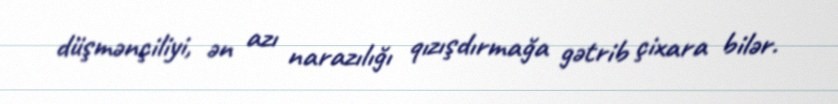
düşmənçiliyi, ən azı narazılığı qızışdırmağa gətrib çixara bilər.